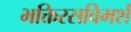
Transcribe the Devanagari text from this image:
भक्तिरसविमर्श